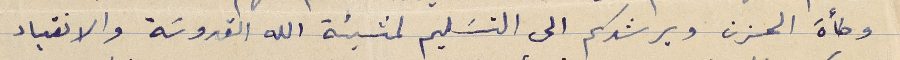
وطأة الحزن ويرشدكم الى التسَليم لمشيئة الله القدوسَة والانقياد